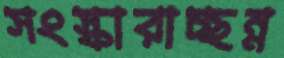
সংস্কারাচ্ছন্ন